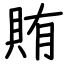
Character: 賄